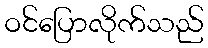
ဝင်ပြောလိုက်သည်